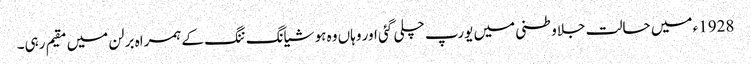
1928ء میں حالت جلاوطنی میں یورپ چلی گئی اور وہاں وہ ہو شیانگ ننگ کے ہمراہ برلن میں مقیم رہی۔